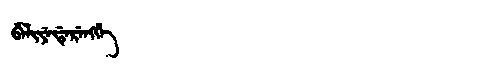
Manchu: ᠪᡝᠯᡳᠶᡝᡩᡝᡵᡝᠩᡤᡝ
Romanization: BELIYEDERENGGE